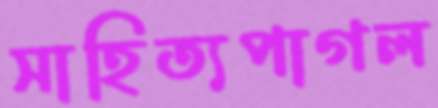
সাহিত্যপাগল